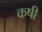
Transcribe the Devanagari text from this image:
कषी